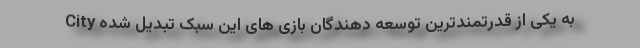
City به یکی از قدرتمندترین توسعه دهندگان بازی های این سبک تبدیل شده